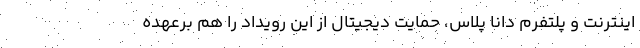
اینترنت و پلتفرم دانا پلاس، حمایت دیجیتال از این رویداد را هم برعهده